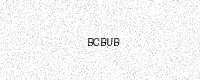
Text: BCBUB